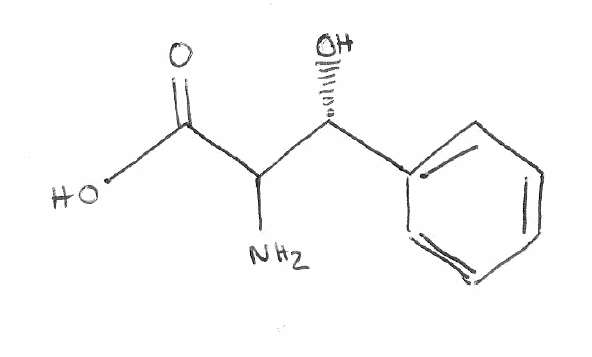
Simplified molecular-input line-entry system (SMILES) notation of the given molecule:
C1=CC=C(C=C1)[C@H](C(C(=O)O)N)O